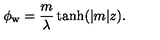
\phi _ { \mathrm { w } } = \frac { m } { \lambda } \tanh ( | m | z ) .